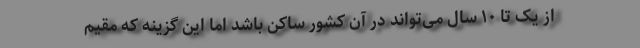
از یک تا ۱۰ سال می‌تواند در آن کشور ساکن باشد اما این گزینه که مقیم